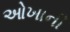
ઓખાની